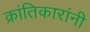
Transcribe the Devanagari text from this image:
क्रांतिकारांनी